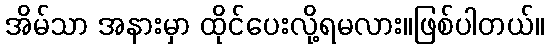
အိမ်သာ အနားမှာ ထိုင်ပေးလို့ရမလား။ဖြစ်ပါတယ်။